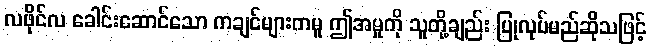
လဖိုင်လ ခေါင်းဆောင်သော ကချင်များကမူ ဤအမှုကို သူတို့ချည်း ပြုလုပ်မည်ဆိုသဖြင့်